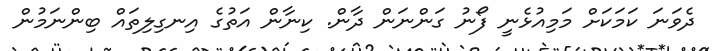
ދެވަނަ ކަމަކަށް މަމިއުޅެނީ ފޯނު ގަންނަން ދާން. ކިނާން އަތުގެ އިނގިލިތައް ބިންނަމުން